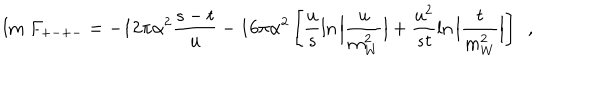
\mathrm { I m ~ } F _ { + - + - } = - 1 2 \pi \alpha ^ { 2 } \frac { s - t } { u } - 1 6 \pi \alpha ^ { 2 } \left[ \frac { u } { s } \ln \Big | \frac { u } { m _ { W } ^ { 2 } } \Big | + \frac { u ^ { 2 } } { s t } \ln \Big | \frac { t } { m _ { W } ^ { 2 } } \Big | \right] \, \, \, ,